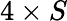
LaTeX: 4\times S